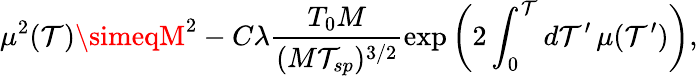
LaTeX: \mu^{2}(\mathcal{T})\simeqM^{2}-C\lambda\frac{{T_{0}M}}{{(M\mathcal{T}_{sp})^{3/2}}}\exp\bigg(2\int_{0}^{\mathcal{T}}d\mathcal{T}^{\prime}\, \mu(\mathcal{T}^{\prime})\bigg),